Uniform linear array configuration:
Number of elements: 12
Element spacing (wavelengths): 0.25
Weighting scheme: cosine
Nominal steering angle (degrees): -30
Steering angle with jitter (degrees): -29.246
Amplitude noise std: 0.05
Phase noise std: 0.05

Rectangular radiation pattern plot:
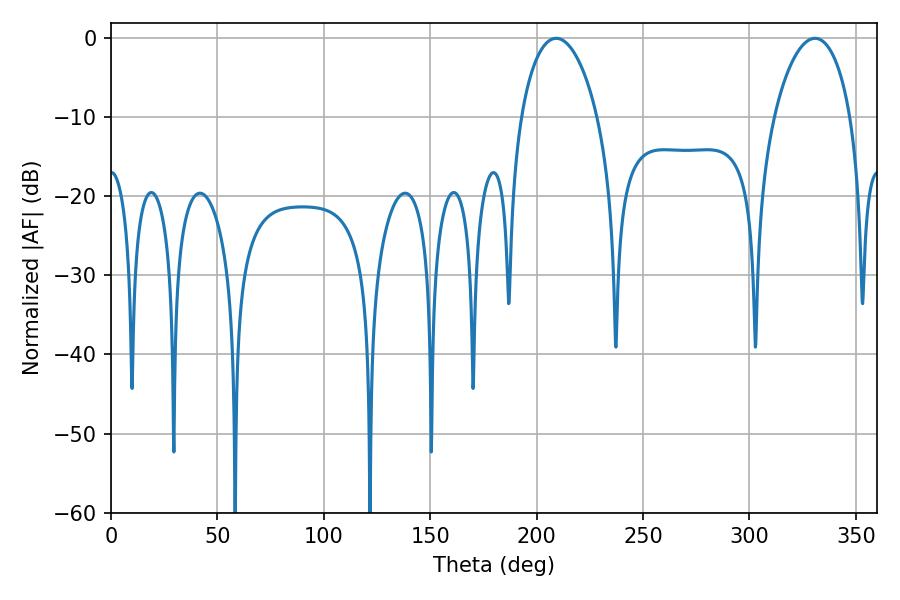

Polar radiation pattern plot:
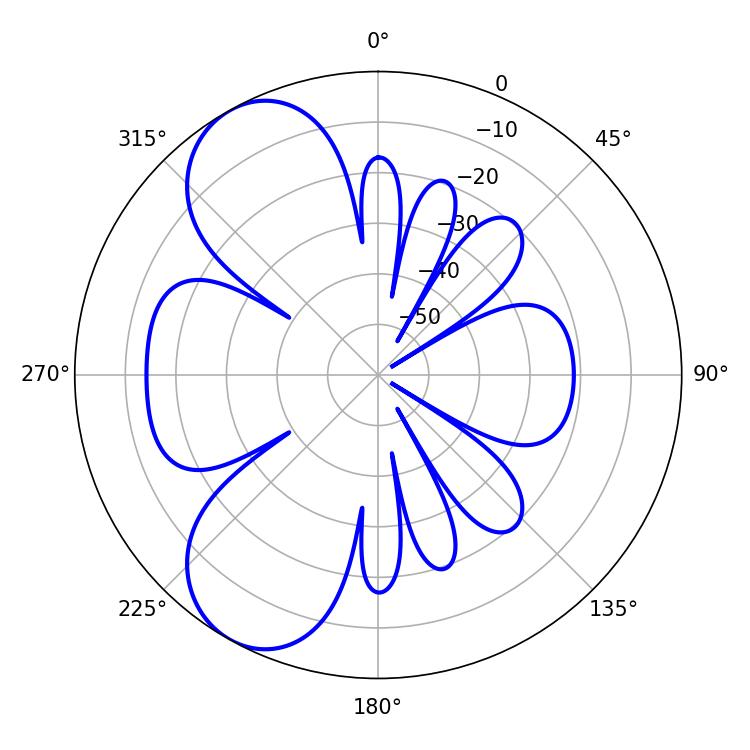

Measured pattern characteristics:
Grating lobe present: FALSE
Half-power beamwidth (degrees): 20.52
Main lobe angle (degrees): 209.16